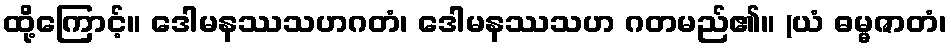
ထို့ကြောင့်။ ဒေါမနဿသဟဂတံ၊ ဒေါမနဿသဟ ဂတမည်၏။ (ယံ ဓမ္မဇာတံ၊